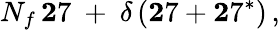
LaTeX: N_{f}\, {\mathbf 27}\ +\ \delta\, ({\mathbf 27}+{\mathbf 27^{*}})\, ,